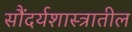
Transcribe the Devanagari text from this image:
सौंदर्यशास्त्रातील